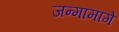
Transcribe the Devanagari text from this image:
जन्मामागे